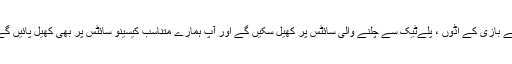
سویڈن کے تمام کھلاڑی مائکروگیمنگ سے چلنے والے جوئے بازی کے اڈوں ، پلےٹیک سے چلنے والی سائٹس پر کھیل سکیں گے اور آپ ہمارے متناسب کیسینو سائٹس پر بھی کھیل پائیں گے جو حریف اور ریئل ٹائم گیمنگ سافٹ ویئر پیش کرتے ہیں۔